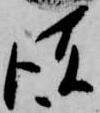
彼